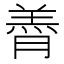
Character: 𮌭